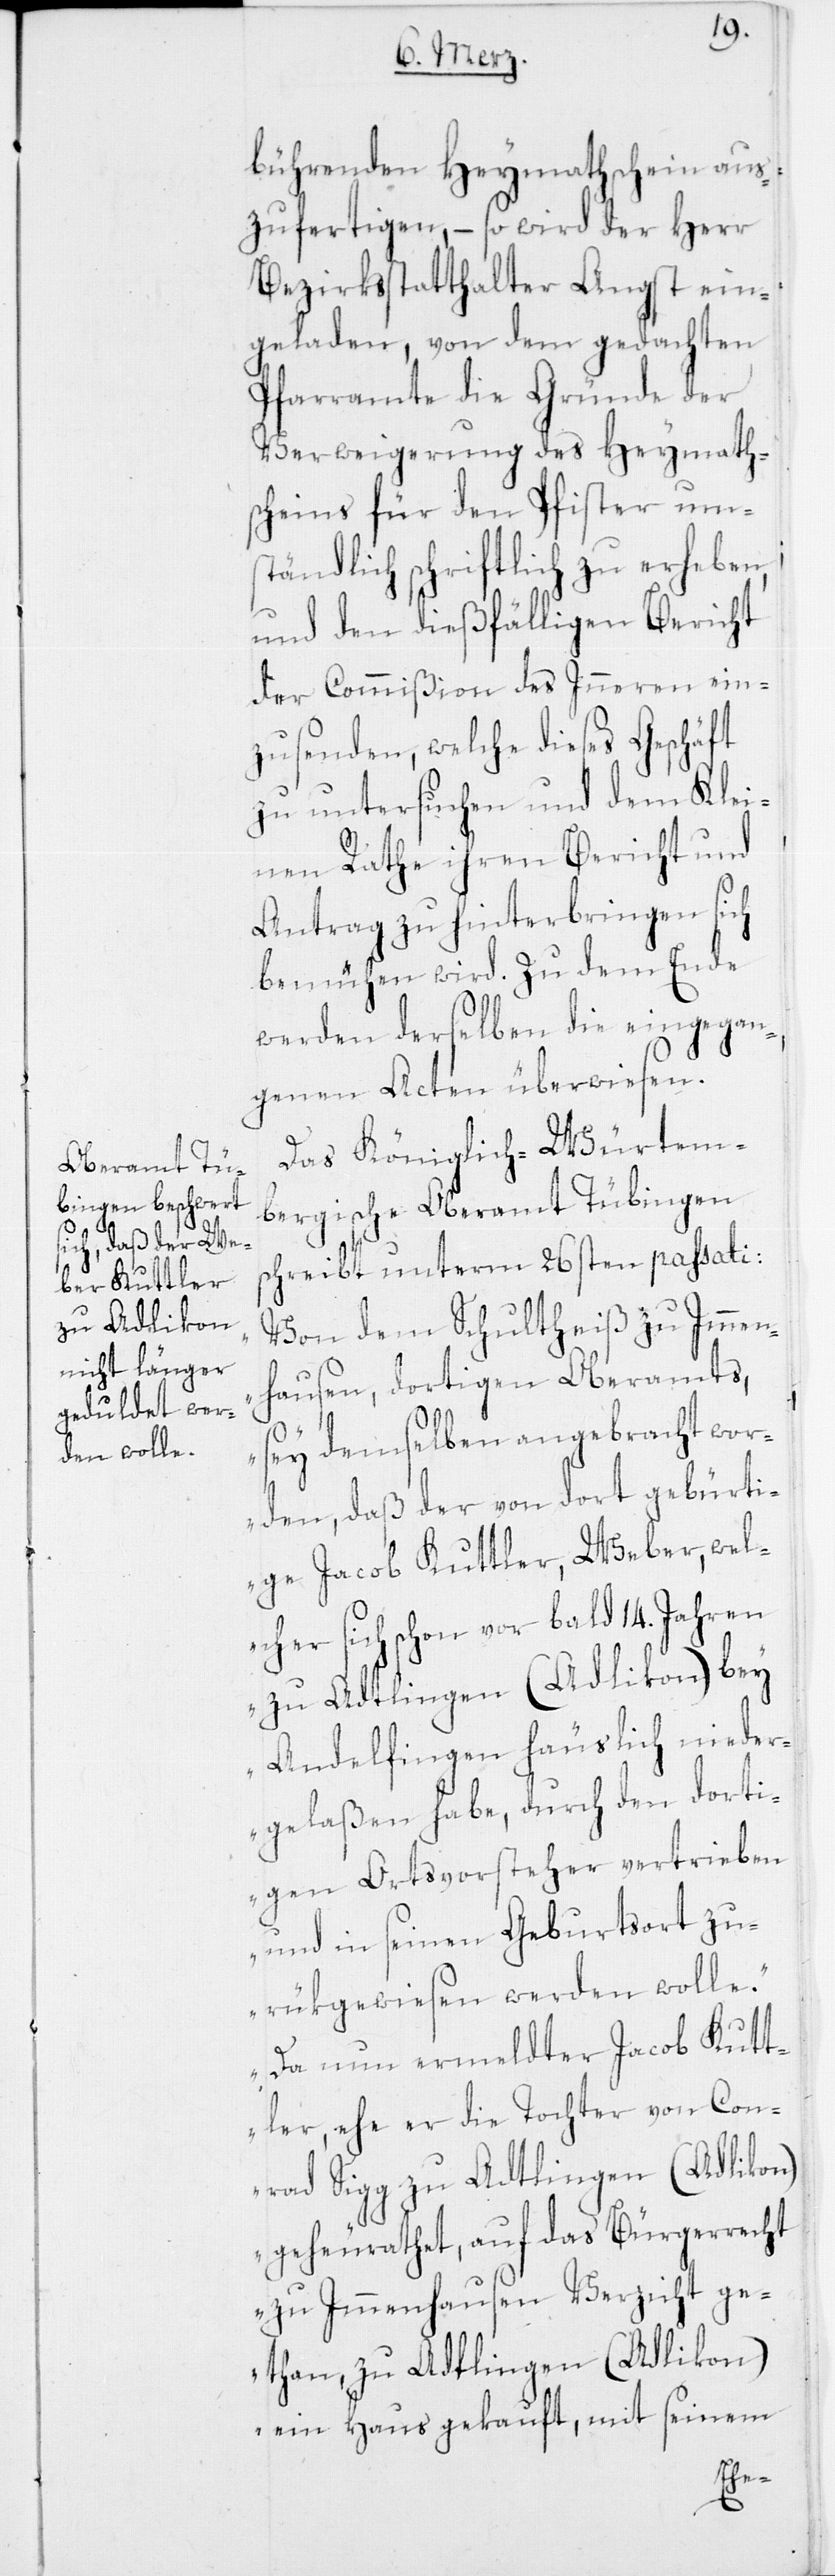
bührenden Heymathschein aus¬
zufertigen, – so wird der Herr
Bezirksstatthalter Angst ein¬
geladen, von dem gedachten
Pfarramte die Gründe der
Verweigerung des Heymath¬
scheins für den Pfister um¬
ständlich schriftlich zu erheben,
und den dießfälligen Bericht
der Commißion des Inneren ein¬
zusenden, welche dieses Geschäft
zu untersuchen und dem Klei¬
nen Rathe ihren Bericht und
Antrag zu hinterbringen sich
bemühen wird. Zu dem Ende
werden derselben die eingegan¬
genen Acten überwiesen.
Das Königlich-Würtem¬
bergische Oberamt Tübingen
schreibt unterm 26sten passati:
„Von dem Schultheiß zu Immen¬
hausen, dortigen Oberamts,
sey demselben angebracht wor¬
den, daß der von dort gebürti¬
ge Jacob Kuttler, Weber, wel¬
cher sich schon vor bald 14. Jahren
zu Adtlingen (Adlikon) bey
Andelfingen häuslich nieder¬
gelaßen habe, durch den dorti¬
gen Ortsvorsteher vertrieben
und in seinen Geburtsort zu¬
rükgewiesen werden wolle.
Da nun ermeldter Jacob Kutt¬
ler, ehe er die Tochter von Con¬
rad Sigg zu Adtlingen (Adlikon)
geheurathet, auf das Bürgerrecht
zu Immenhausen Verzicht ge¬
than, zu Adtlingen (Adlikon)
ein Haus gekauft, mit seinem